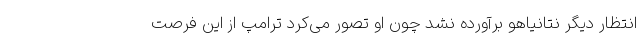
انتظار دیگر نتانیاهو برآورده نشد چون او تصور می‌کرد ترامپ از این فرصت